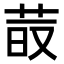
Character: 𦰨